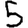
Digit: 5